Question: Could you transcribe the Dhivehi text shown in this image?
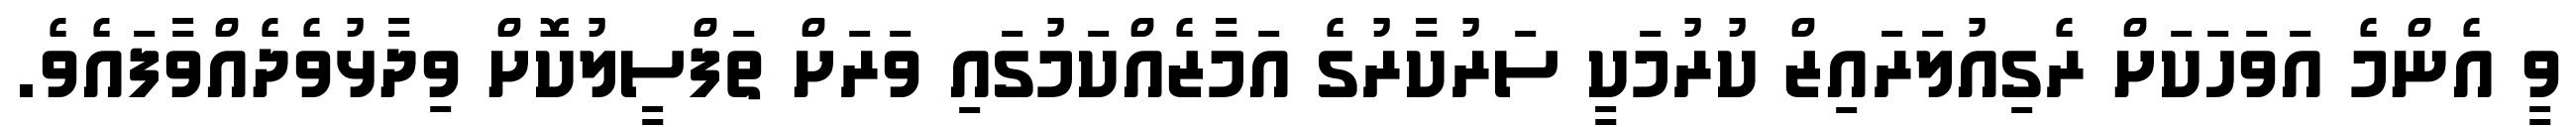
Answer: ވީ އެންމެ އަވަހަކަށް ރެގިއުލަރައިޒް ކުރުމަކީ ސަރުކާރުގެ އަމާޒެއްކަމުގައި ވަރަށް ތަފްސީލުކޮށް ވިދާޅުވެދެއްވާފައެވެ.